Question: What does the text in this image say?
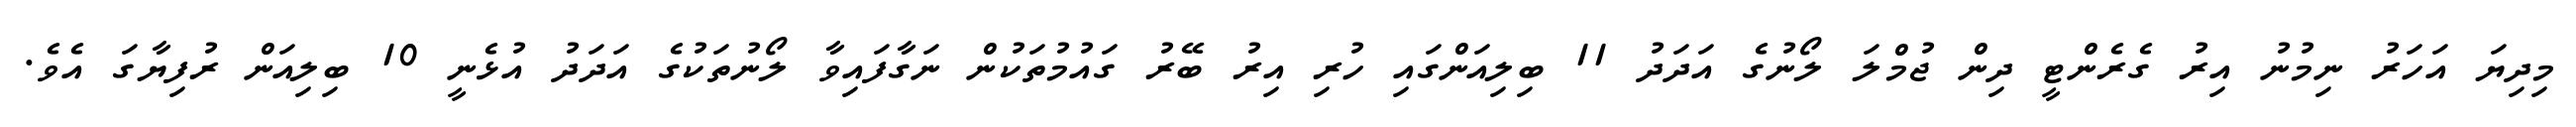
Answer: މިދިޔަ އަހަރު ނިމުނު އިރު ގެރެންޓީ ދިން ޖުމްލަ ލޯނުގެ އަދަދު 11 ބިލިއަންގައި ހުރި އިރު ބޭރު ގައުމުތަކުން ނަގާފައިވާ ލޯނުތަކުގެ އަދަދު އުޅެނީ 10 ބިލިއަން ރުފިޔާގަ އެވެ.